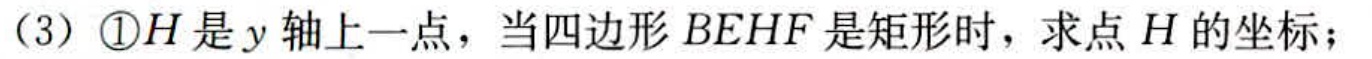
（3）\textcircled{1}\(H\)是\(y\)轴上一点，当四边形\(BEHF\)是矩形时，求点\(H\)的坐标；